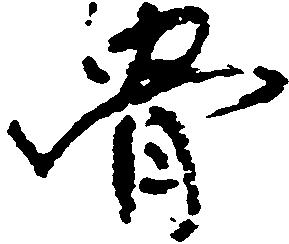
骨